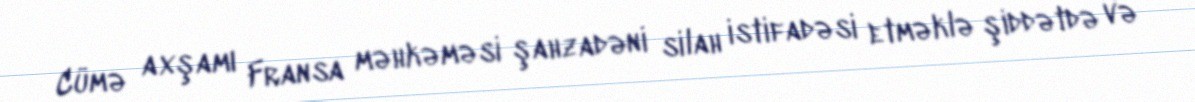
Cümə axşamı Fransa məhkəməsi şahzadəni silah istifadəsi etməklə şiddətdə və